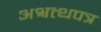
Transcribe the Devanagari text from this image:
अश्वत्थपत्र